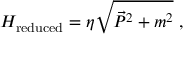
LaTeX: H _ { \mathrm { r e d u c e d } } = \eta \sqrt { \vec { P } ^ { 2 } + m ^ { 2 } } \ ,